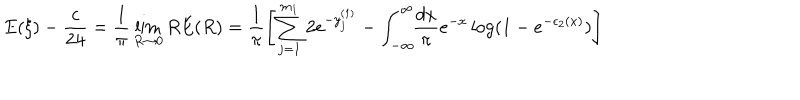
\displaystyle E ( \xi ) - \frac { c } { 2 4 } = \frac { 1 } { \pi } \lim _ { R \rightarrow 0 } R E ( R ) = \displaystyle \frac { 1 } { \pi } \left[ \sum _ { j = 1 } ^ { m _ { 1 } } 2 e ^ { - y _ { j } ^ { ( 1 ) } } - \int _ { - \infty } ^ { \infty } \! \! \frac { d x } { \pi } e ^ { - x } \log ( 1 - e ^ { - \epsilon _ { 2 } ( x ) } ) \right]